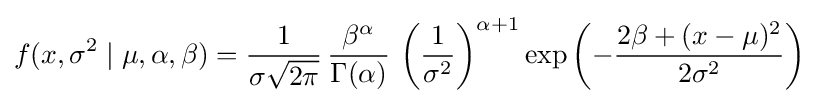
f(x,\sigma ^{2}\mid \mu ,\alpha ,\beta )={\frac {1}{\sigma {\sqrt {2\pi }}}}\,{\frac {\beta ^{\alpha }}{\Gamma (\alpha )}}\,\left({\frac {1}{\sigma ^{2}}}\right)^{\alpha +1}\exp \left(-{\frac {2\beta +(x-\mu )^{2}}{2\sigma ^{2}}}\right)